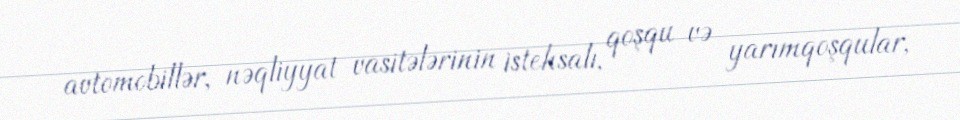
avtomobillər, nəqliyyat vasitələrinin istehsalı, qoşqu və yarımqoşqular,